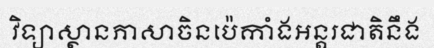
វិទ្យាស្ថានភាសាចិនប៉េកាំងអន្តរជាតិនឹង